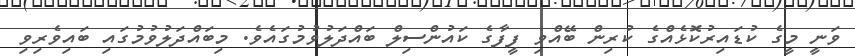
ވަނީ މީގެ ކުޑައިރުކޮޅެއްގެ ކުރިން ބޭއްވި ފީފާގެ ކައުންސިލް ބައްދަލުވުމުގައެވެ. މިބައްދަލުވުމުގައި ބައިވެރިވި